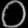
Digit: ၀